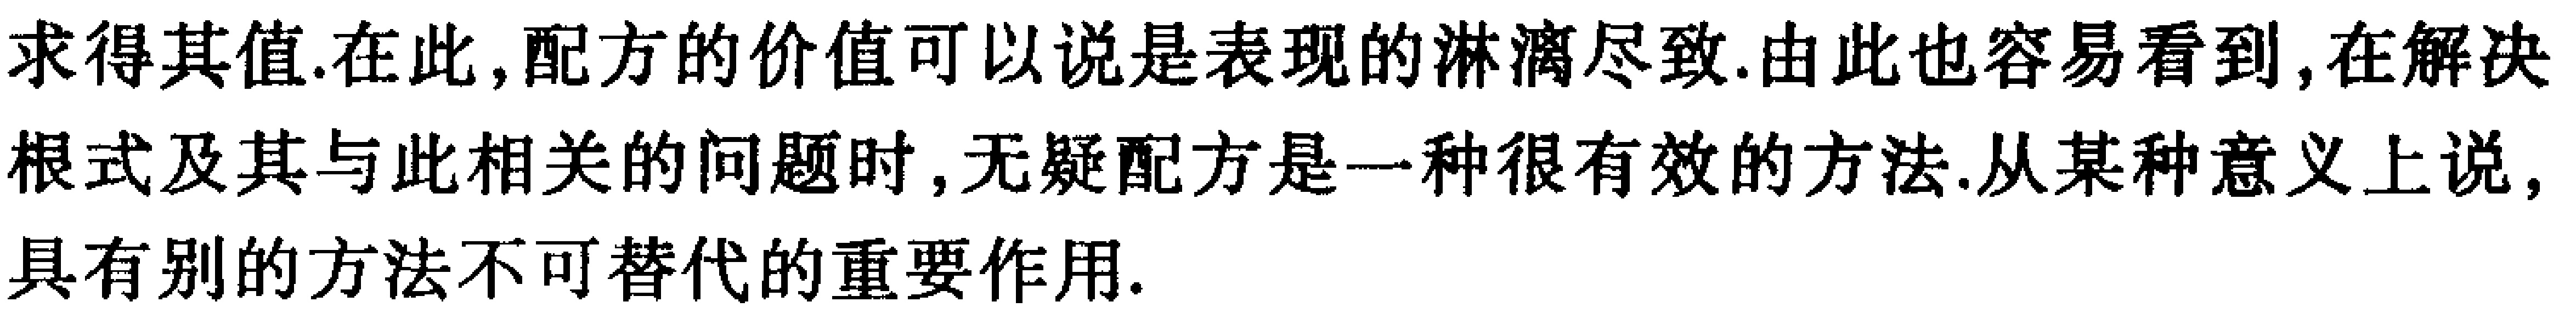
求得其值.在此,配方的价值可以说是表现的淋漓尽致.由此也容易看到,在解决根式及其与此相关的问题时,无疑配方是一种很有效的方法.从某种意义上说,具有别的方法不可替代的重要作用.